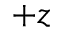
+ z